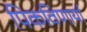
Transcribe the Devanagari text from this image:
पिकविणार्या